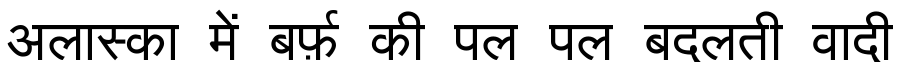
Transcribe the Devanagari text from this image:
अलास्का में बर्फ़ की पल पल बदलती वादी